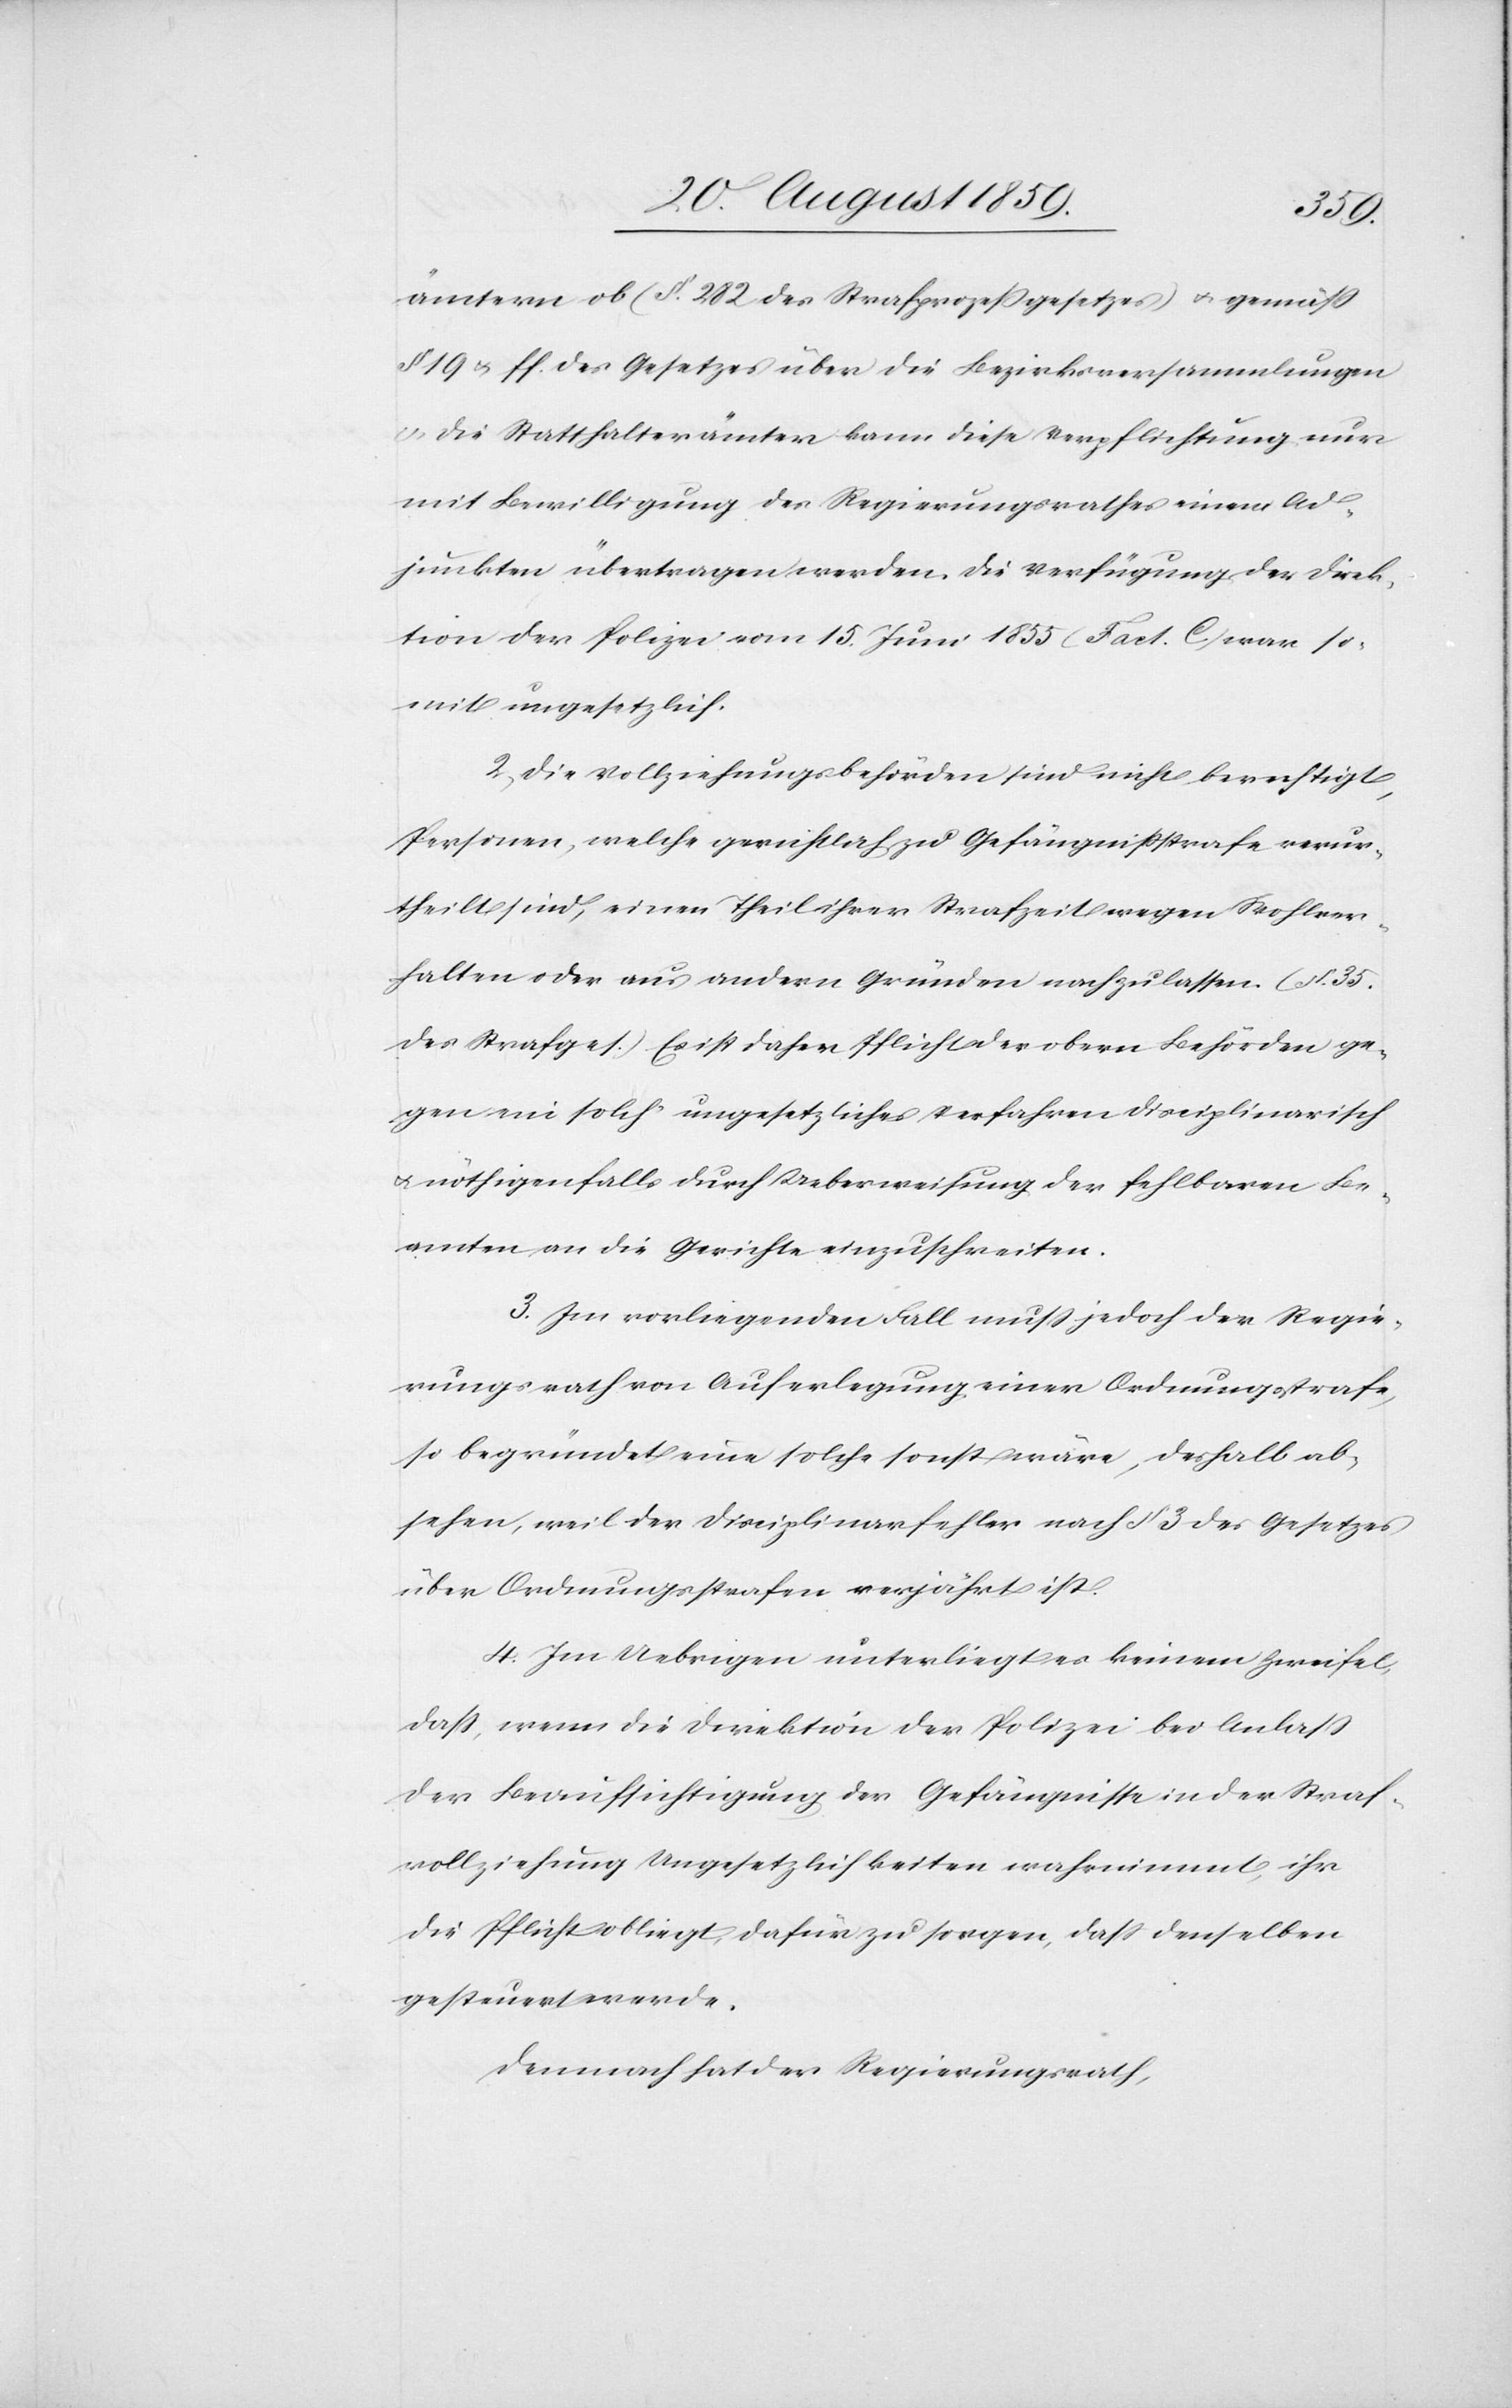
ämtern ob (§. 282 des Strafprozeßgesetzes) & gemäß
§. 19 & ff. des Gesetzes über die Bezirksversammlungen
& die Statthalterämter kann diese Verpflichtung nur
mit Bewilligung des Regierungsrathes einem Ad¬
junkten übertragen werden. Die Verfügung der Direk¬
tion der Polizei vom 15. Juni 1855 (Fact. C.) war so¬
mit ungesetzlich.
2. Die Vollziehungsbehörden sind nicht berechtigt,
Personen, welche gerichtlich zu Gefängnißstrafe verur¬
theilt sind, einen Theil ihrer Strafzeit wegen Wohlver¬
halten oder aus andern Gründen nachzulassen. (§ 35.
des Strafges.) Es ist daher Pflicht der obern Behörden ge¬
gen ein solch ungesetzliches Verfahren Disciplinarisch
& nöthigenfalls durch Ueberweisung der fehlbaren Be¬
amten an die Gerichte einzuschreiten.
3. Im vorliegenden Fall muß jedoch der Regie¬
rungsrath von Auferlegung einer Ordnungsstrafe,
so begründet eine solche sonst wäre, deshalb ab¬
sehen, weil der Disciplinarfehler nach § 3 des Gesetzes
über Ordnungsstrafen verjährt ist.
4. Im Uebrigen unterliegt es keinem Zweifel,
daß wenn die Direktion der Polizei bei Anlaß
der Beaufsichtigung der Gefängnisse in der Straf¬
vollziehung Ungesetzlichkeiten wahrnimmt, ihr
die Pflicht obliegt, dafür zu sorgen, daß denselben
gesteuert werde.
Demnach hat der Regierungsrath,